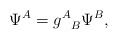
\begin{align*}\Psi^{A}={g^{A}}_{B}\Psi^{B},\end{align*}